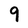
Character: 9